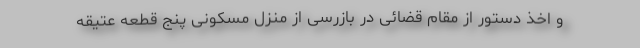
و اخذ دستور از مقام قضائی در بازرسی از منزل مسکونی پنج قطعه عتیقه